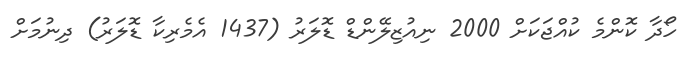
ހޯދާ ކޮންމެ ކުއްޖަކަށް 2000 ނިއުޒިލޭންޑް ޑޮލަރު (1437 އެމެރިކާ ޑޮލަރު) ދިނުމަށް